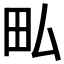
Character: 𤰜